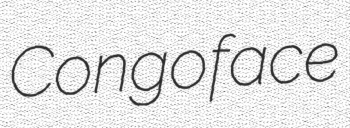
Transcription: Congo face